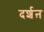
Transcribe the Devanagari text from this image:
दर्शऩ